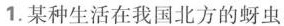
1.某种生活在我国北方的蚜虫